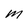
Character: m